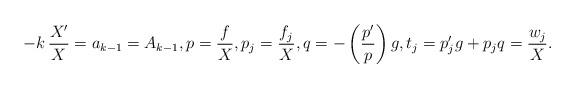
LaTeX: \begin{align*} - k \, \frac{X'}{X} = a_{k-1} = A_{k-1}, p = \frac{f}X , p_j = \frac{f_j}X , q = - \left( \frac{p'}{p} \right) g, t_j = p_j' g + p_j q = \frac{ w_j }X .\end{align*}